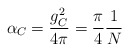
\begin{align*}\alpha_C={g^2_C\over 4\pi}={\pi \over 4}{1\over N}\end{align*}